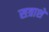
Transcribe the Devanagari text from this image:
सत्राशे